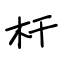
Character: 杆